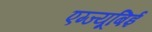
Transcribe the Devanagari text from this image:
एग्ज्यूबिई